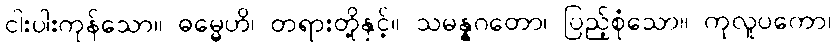
ငါးပါးကုန်သော။ ဓမ္မေဟိ၊ တရားတို့နှင့်။ သမန္နဂတော၊ ပြည့်စုံသော။ ကုလူပကော၊